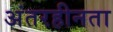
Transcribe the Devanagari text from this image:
अंतरहीनता